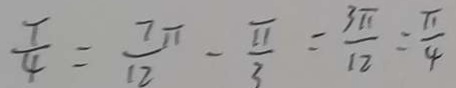
\frac { T } { 4 } = \frac { 7 \pi } { 1 2 } - \frac { \sqrt { \pi } } { 3 } = \frac { 3 \pi } { 1 2 } = \frac { \pi } { 4 }